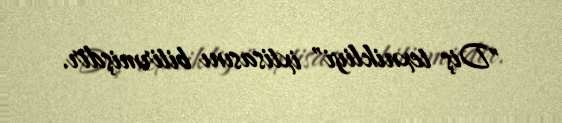
"Diş texnikliyi" ixtisasını bitirmişdir.